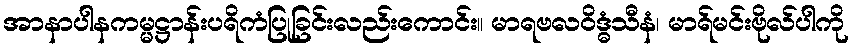
အာနာပါနကမ္မဋ္ဌာန်းပရိကံပြုခြင်းလည်းကောင်း။ မာရဗလဝိဒ္ဓံသီနံ၊ မာရ်မင်းဗိုလ်ပါကို